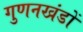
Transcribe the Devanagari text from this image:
गुणनखंडों